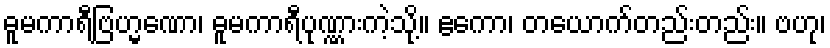
ဓူမကာရီဗြဟ္မဏော၊ ဓူမကာရီပုဏ္ဏားကဲ့သို့။ ဧကော၊ တယောက်တည်းတည်း။ ဗဟု၊